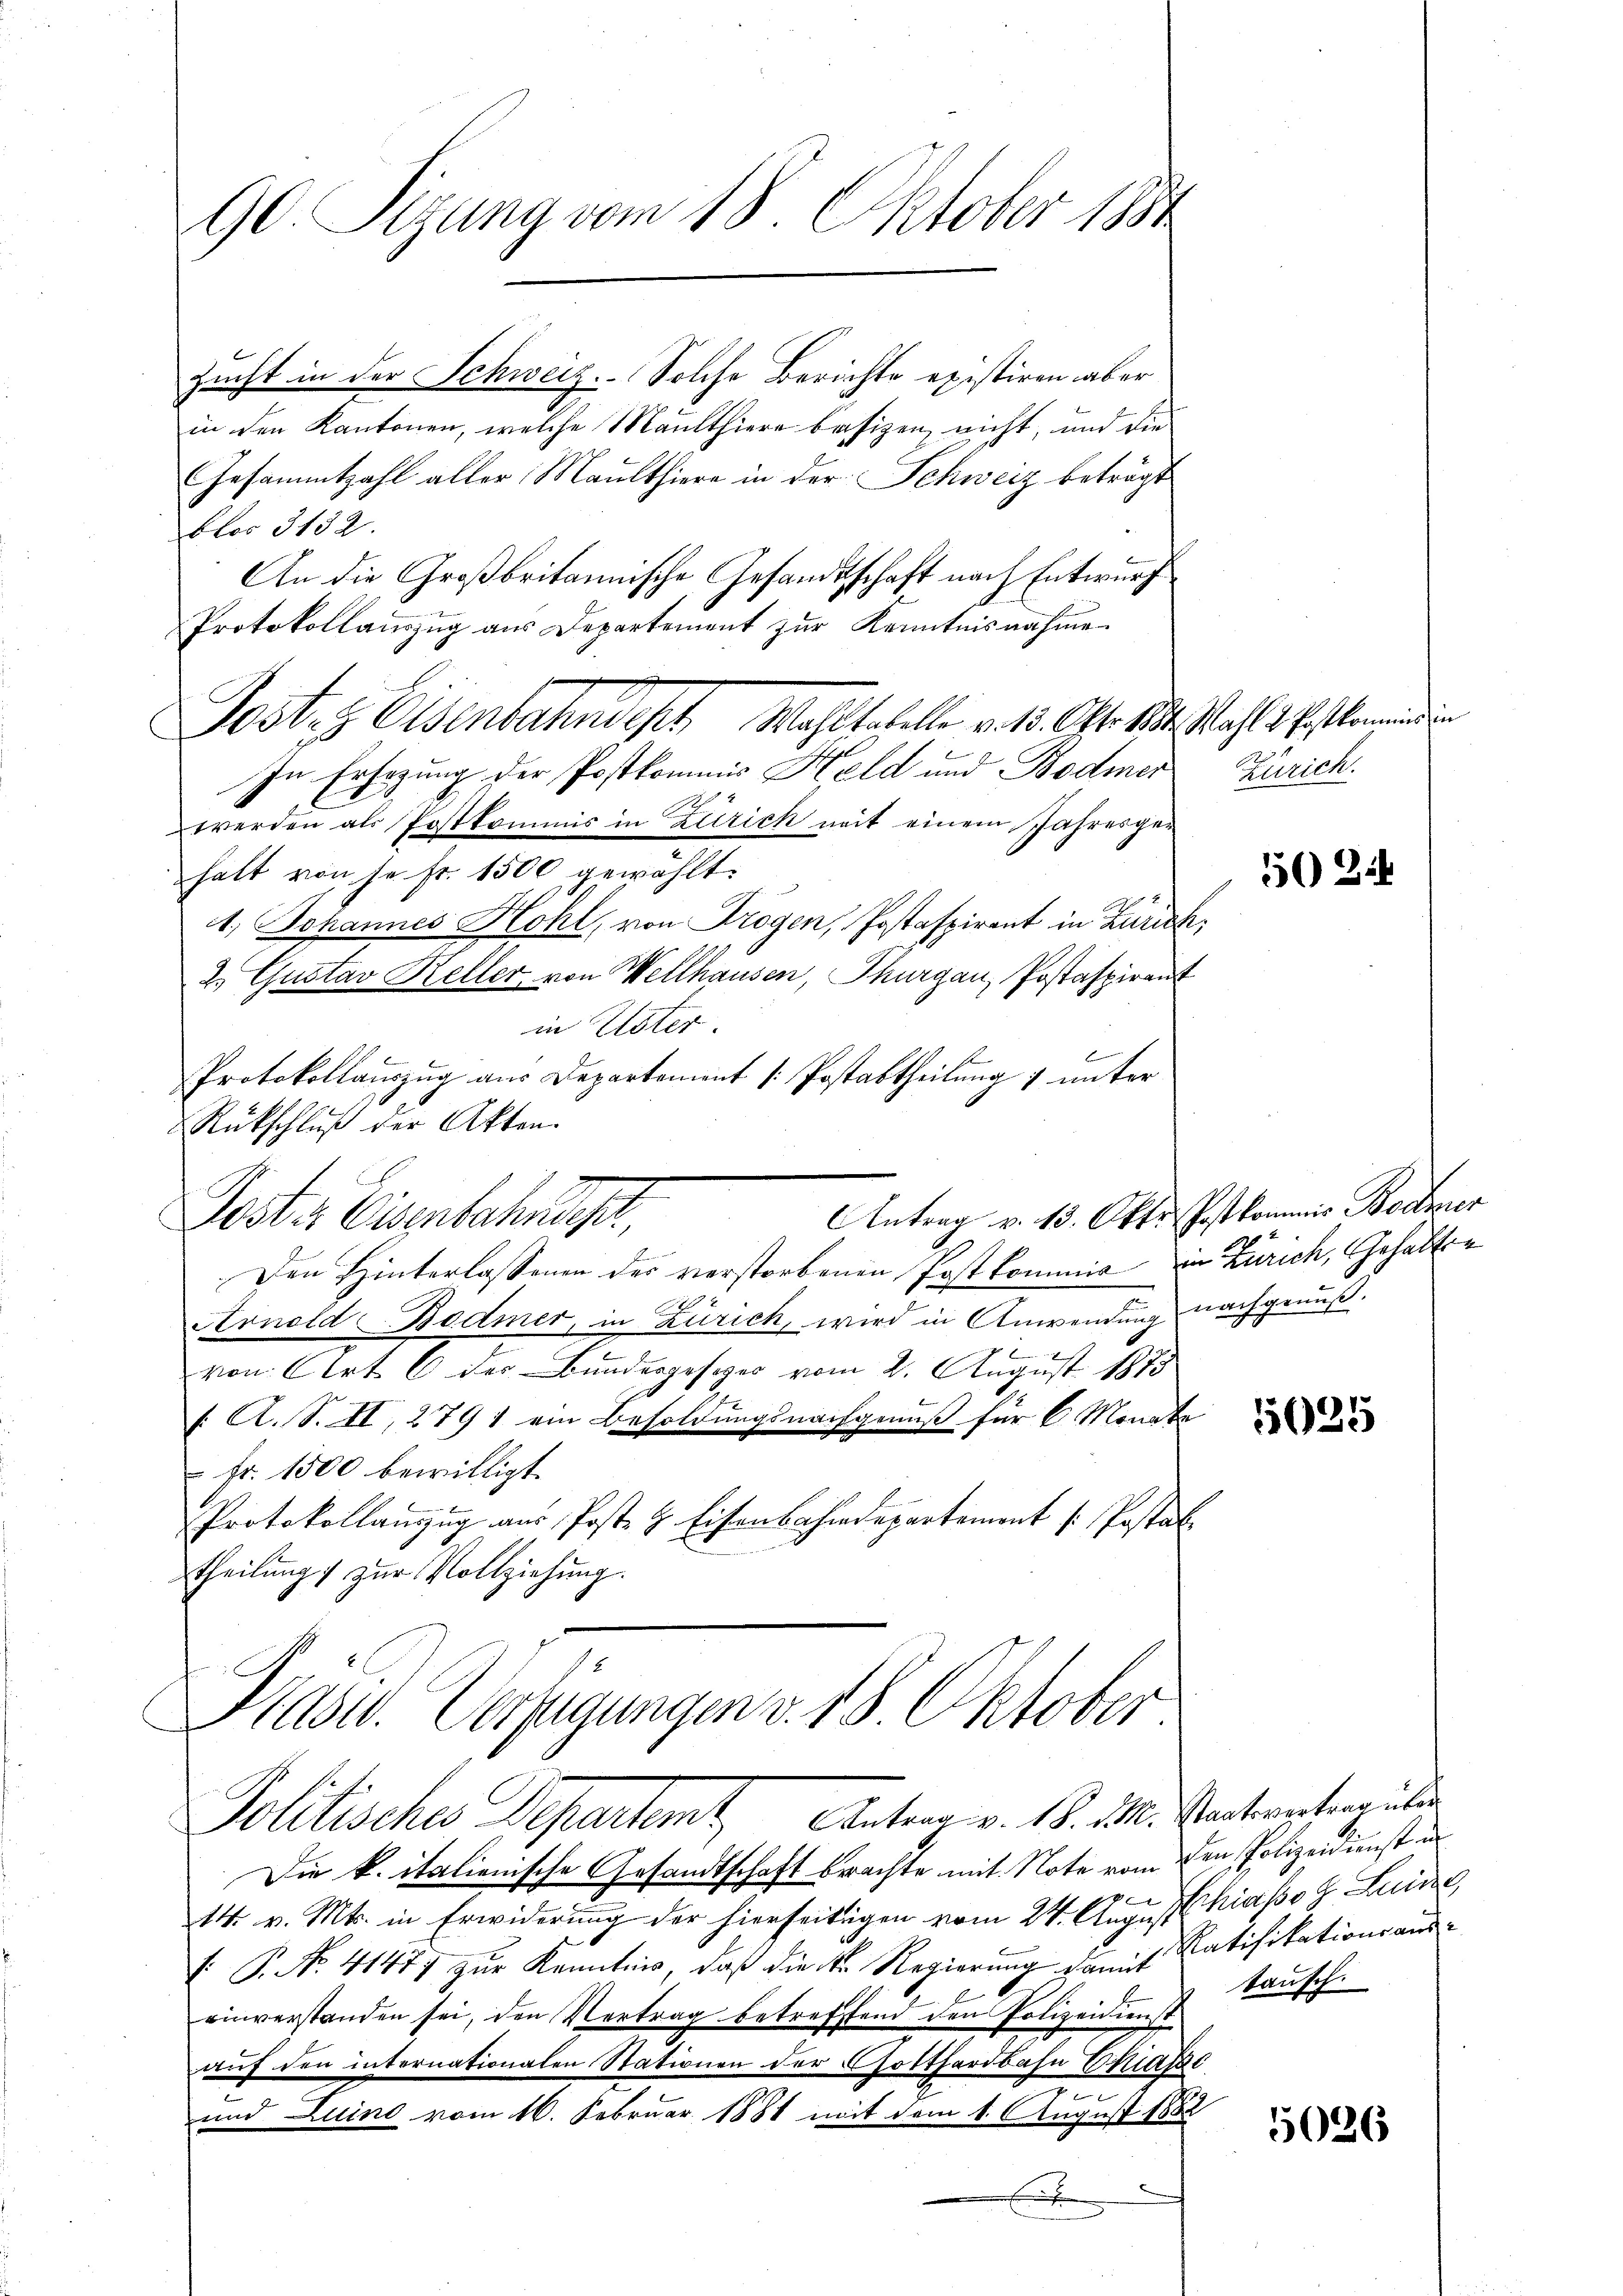
90 Sizung vom 18. Oktober 1884

zucht in der Schweiz. Solche Berichte existiren aber
in den Kantonen, welche Maulthiere basizen nicht, und die
Gesammtzahl aller, Maulthiere in der Schweiz beträgt
Floo 3132.
An die Großbritannische Gesandtschaft nach Entwurf
Protokollauszug aus Departement zur Kenntnisnahme
In Ersezung der Postkommis Held und Bodmer
werden als Postkommis in Zürich mit einem Jahresgehalt von je fr. 1500 gewählt.
1. Johannes Hohl, von Trogen, Jostaspirant in Zürich,
2.) Gustav Keller von Wellhausen, Thurgau, Postaspirant
in Uster
Protokollauszug aus Departement [Postabtheilung 7 unter
Rückschluß der Akten.
Antrag v. 13. Okto. Postkommis Bodmer
Poster Eisenbahndet,
Den Hinterlassenen des verstorbenen Post kommis von Zürich, Gehalten
Arnold Bodmer, in Zürich, wird in Anwendung nachgenuß.
von Art. 6 der Bundesgesezes vom 2. August 1873
/. A. S. II, 2791 ein Besoldungsnachgenuß für 6 Monate
 Fr. 1500 bewilligt.
Protokollanzŭg aŭs Post. H. Eisenbahndepartement /: Pestal
theilung zur Vollziehung.

Präsid. Verfügungen v. 18. Oktober.
Politische Departemt, Antrag v. M. 11. Centrentengute

Die k. italienische Gesandtschaft beachte mit Note vom den Polizeidienst in
x
14. v. Mts. in Erwiderung der hierseitigen vom 24. August Chiasso z. Luise,
 P. No. 41477 zur Kenntnis, daß die Dr. Regierung damit Ratifikationsauseinverstanden sei, den Vertrag betreffend den Polizeidienst
auf den internationalen Stationen der Gotthardbahn Chiate
und Luino vom 16. Februar 1881 mit dem 1. August 1882

Post- & Eisenbahndert Wahltabelle v. 15. Okt. 1804. Wahls Biskommenen

Zürich.

502:

5625

tausch.

5026